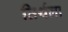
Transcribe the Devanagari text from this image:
तिर्थला